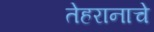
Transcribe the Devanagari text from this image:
तेहरानाचे